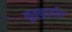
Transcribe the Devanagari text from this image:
क़ुत्बुद्दीन